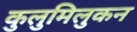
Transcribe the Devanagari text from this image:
कुलुमिलुकन